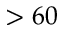
> 6 0